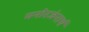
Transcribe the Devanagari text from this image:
मनोरजंनार्थ